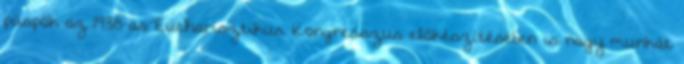
püspök az 1938-as Eucharisztikus Kongresszus előkészítésében is nagy munkát